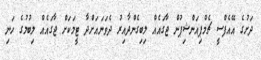
ދަށުގެ އޭއެފްސީ ޗެމްޕިއަންޝިޕުން ޖާގައެއް ލިބިގެންދާއިރު ދެވަނައަށްދާ ޓީމަކަށް ޖާގައެއް ލިބުމުގެ ހަނި